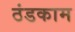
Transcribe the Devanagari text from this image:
ठंडकाम